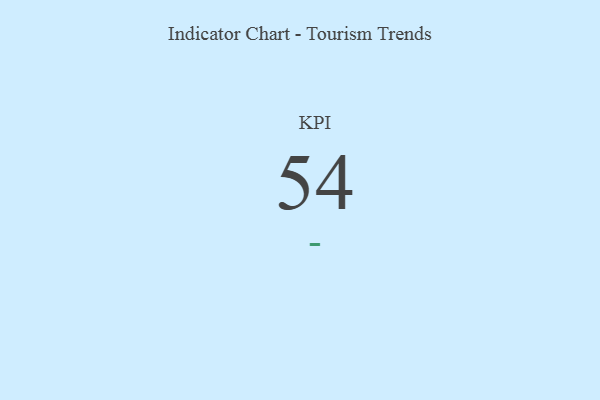
{"axis": {"x": "KPI", "y": "Value"}, "legend": [""], "data": [{"x": "KPI", "y": 54, "type": ""}]}